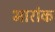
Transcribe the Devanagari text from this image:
भारांक